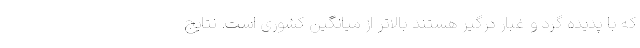
که با پدیده گرد و غبار درگیر هستند بالاتر از میانگین کشوری است. نتایج